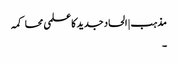
مذہب | الحاد جدید کا علمی محاکمہ
۔